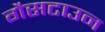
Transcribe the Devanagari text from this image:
गैसटाउन